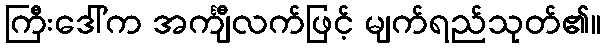
ကြီးဒေါ်က အင်္ကျီလက်ဖြင့် မျက်ရည်သုတ်၏။